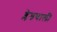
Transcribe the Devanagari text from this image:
ब्लेडवाली